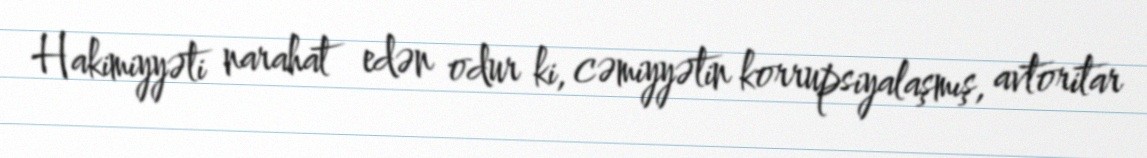
Hakimiyyəti narahat edən odur ki, cəmiyyətin korrupsiyalaşmış, avtoritar